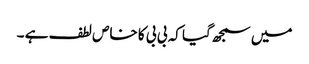
میں سمجھ گیا کہ بی بی کا خاص لطف ہے ۔